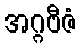
အဂ္ဂဗီဇံ